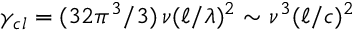
\gamma _ { c l } = ( 3 2 \pi ^ { 3 } / 3 ) \, \nu ( \ell / \lambda ) ^ { 2 } \sim \nu ^ { 3 } ( \ell / c ) ^ { 2 }